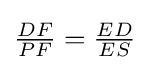
{\textstyle {\frac {DF}{PF}}={\frac {ED}{ES}}}